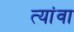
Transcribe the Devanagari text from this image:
त्यांवा